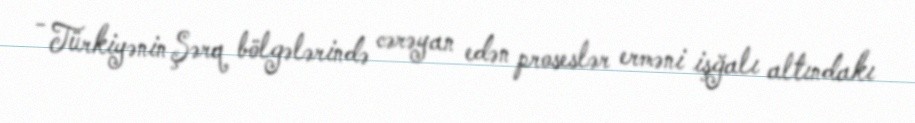
- Türkiyənin Şərq bölgələrində cərəyan edən proseslər erməni işğalı altındakı